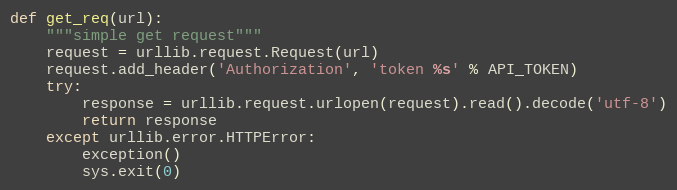
Language: Python
def get_req(url):
    """simple get request"""
    request = urllib.request.Request(url)
    request.add_header('Authorization', 'token %s' % API_TOKEN)
    try:
        response = urllib.request.urlopen(request).read().decode('utf-8')
        return response
    except urllib.error.HTTPError:
        exception()
        sys.exit(0)